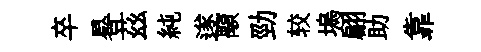
卒晷茲純遂顒勁较塢翩助靠